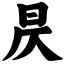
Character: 昃